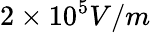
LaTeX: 2\times 10^{5}V/m